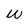
Character: W